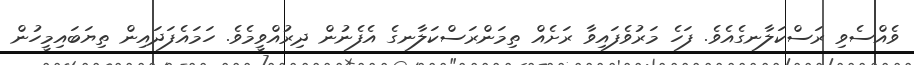
ވެއްސެވި ރަސްކަލާނގެއެވެ. ފަހެ މަރުވެފައިވާ ރަށެއް ތިމަންރަސްކަލާނގެ އެފެނުން ދިރުއްވީމެވެ. ހަމައެފަދައިން ތިޔަބައިމީހުން